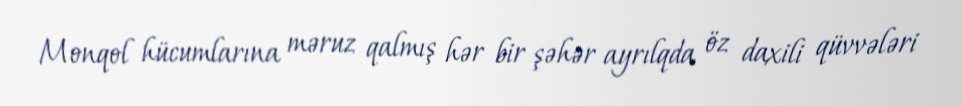
Monqol hücumlarına məruz qalmış hər bir şəhər ayrılqda öz daxili qüvvələri